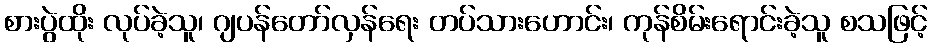
စားပွဲထိုး လုပ်ခဲ့သူ၊ ဂျပန်တော်လှန်ရေး တပ်သားဟောင်း၊ ကုန်စိမ်းရောင်းခဲ့သူ စသဖြင့်